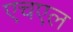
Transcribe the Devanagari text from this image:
एचएल